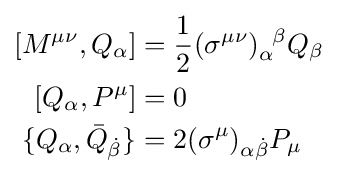
{\begin{aligned}\left[M^{\mu \nu },Q_{\alpha }\right]&={\frac {1}{2}}(\sigma ^{\mu \nu })_{\alpha }^{\;\;\beta }Q_{\beta }\\\left[Q_{\alpha },P^{\mu }\right]&=0\\\{Q_{\alpha },{\bar {Q}}_{\dot {\beta }}\}&=2(\sigma ^{\mu })_{\alpha {\dot {\beta }}}P_{\mu }\\\end{aligned}}